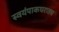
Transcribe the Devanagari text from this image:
स्वयंपाकघरातच